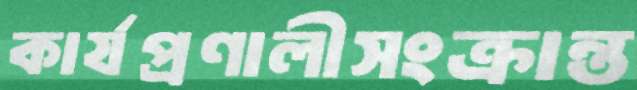
কার্যপ্রণালীসংক্রান্ত